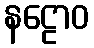
နဠောဝ